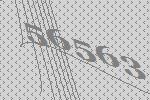
56563